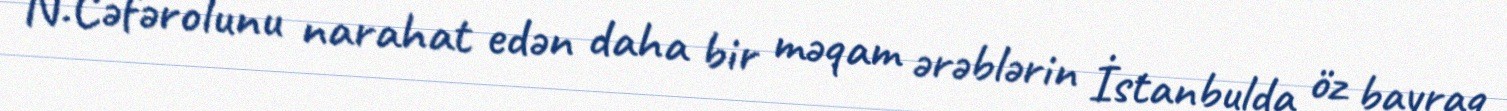
N.Cəfərolunu narahat edən daha bir məqam ərəblərin İstanbulda öz bayraq